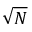
\sqrt { N }